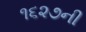
૧૬૨૭ની